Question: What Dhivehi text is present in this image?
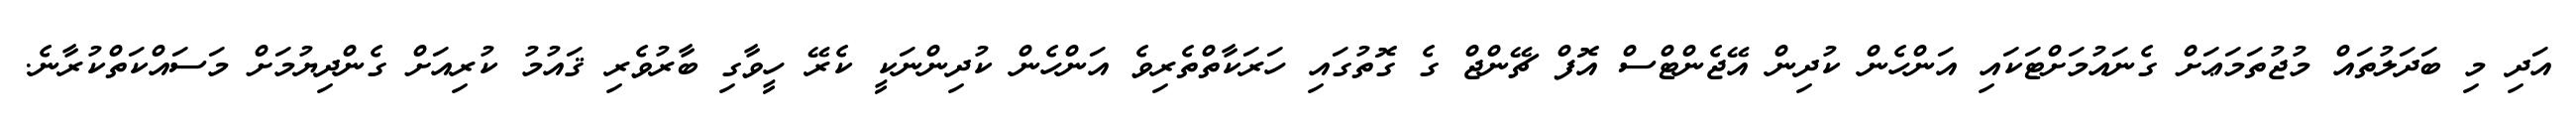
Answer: އަދި މި ބަދަލުތައް މުޖުތަމަޢަށް ގެނައުމަށްޓަކައި އަންހެން ކުދިން އޭޖެންޓްސް އޮފް ޗޭންޖް ގެ ގޮތުގައި ހަރަކާތްތެރިވެ އަންހެން ކުދިންނަކީ ކެރޭ ހީވާގި ބާރުވެރި ޤައުމު ކުރިއަށް ގެންދިޔުމަށް މަސައްކަތްކުރާނެ.